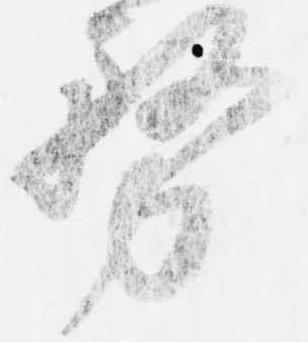
務